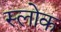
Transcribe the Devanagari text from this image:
स्लोक